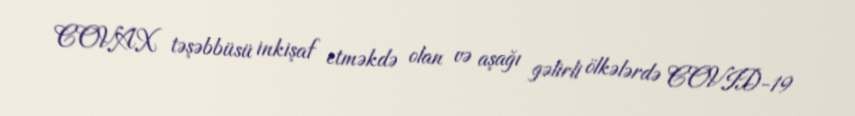
COVAX təşəbbüsü inkişaf etməkdə olan və aşağı gəlirli ölkələrdə COVID-19